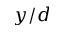
y / d